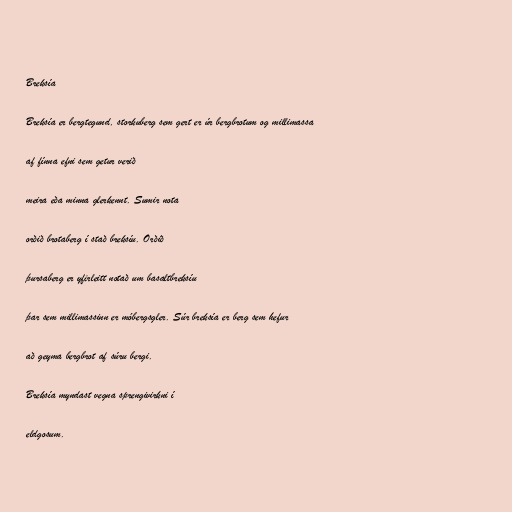
Breksía

Breksía er bergtegund, storkuberg sem gert er úr bergbrotum og millimassa

af fínna efni sem getur verið

meira eða minna glerkennt. Sumir nota

orðið brotaberg í stað breksíu. Orðið

þursaberg er yfirleitt notað um basaltbreksíu

þar sem millimassinn er móbergsgler. Súr breksía er berg sem hefur

að geyma bergbrot af súru bergi.

Breksía myndast vegna sprengivirkni í

eldgosum.